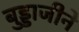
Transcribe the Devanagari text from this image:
बुड्डाजीने